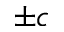
\pm c